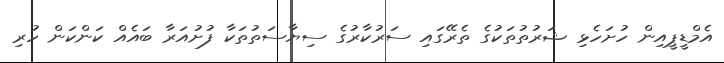
އެމްޑީޕީއިން ހުށަހެޅި ޝަރުތުތަކުގެ ތެރޭގައި ސަރުކާރުގެ ސިޔާސަތުތަކާ ފުށުއަރާ ބައެއް ކަންކަން ހުރި